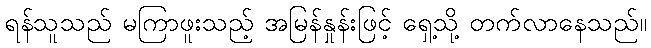
ရန်သူသည် မကြာဖူးသည့် အမြန်နှုန်းဖြင့် ရှေ့သို့ တက်လာနေသည်။